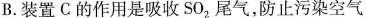
B.装置C的作用是吸收SO_{2}尾气，防止污染空气